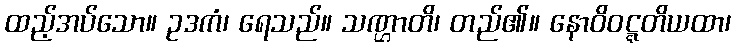
ထည့်အပ်သော။ ဥဒကံ၊ ရေသည်။ သဏ္ဌာတိ၊ တည်၏။ နောဝိဝဋ္ဋတိယထာ၊